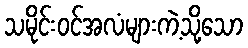
သမိုင်းဝင်အလံများကဲ့သို့သော